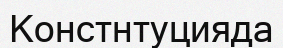
Констнтуцияда